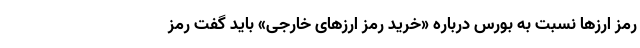
رمز ارزها نسبت به بورس درباره‌ «خرید رمز ارزهای خارجی» باید گفت رمز